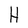
Character: H